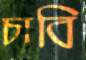
চাবি